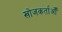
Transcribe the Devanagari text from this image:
खोजकर्ताओँ